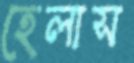
হেলাস